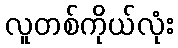
လူတစ်ကိုယ်လုံး